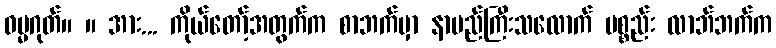
ဓမ္မဂုတ်။ ။ အား... ကိုယ်တော့်အတွက်က စာဘက်မှာ နာမည်ကြီးသလောက် ပစ္စည်း လာဘ်ဘက်က